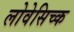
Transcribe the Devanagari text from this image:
लोवेसिच्क